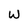
Character: W